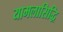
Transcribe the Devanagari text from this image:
यामलासिद्धि